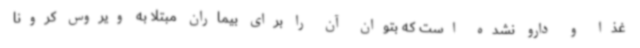
غذا و دارو نشده است که بتوان آن را برای بیماران مبتلا به ویروس کرونا